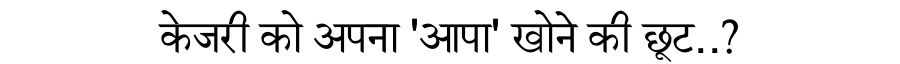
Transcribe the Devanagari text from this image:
केजरी को अपना 'आपा' खोने की छूट..?